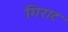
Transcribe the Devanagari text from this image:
गिराट